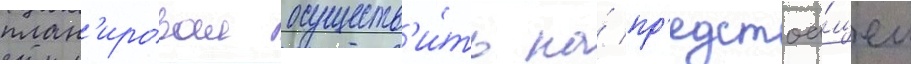
план'ировал осуществ'и́ть на́ пр'едстоа́щем